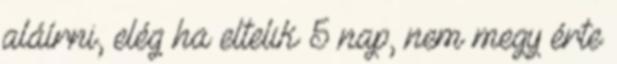
aláírni, elég ha eltelik 5 nap, nem megy érte